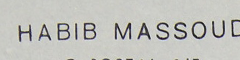
HABIB MASSOUD